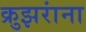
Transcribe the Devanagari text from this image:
क्रुझरांना